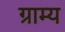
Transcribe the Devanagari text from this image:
ग्राम्‍य